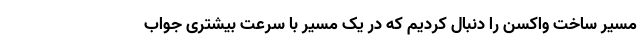
مسیر ساخت واکسن را دنبال کردیم که در یک مسیر با سرعت بیشتری جواب